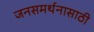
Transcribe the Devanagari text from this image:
जनसमर्थनासाठी